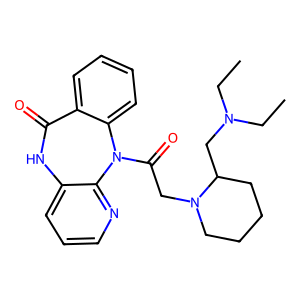
SMILES: CCN(CC)CC1CCCCN1CC(=O)N1c2ccccc2C(=O)Nc2cccnc21
Inhibits HIV replication: No